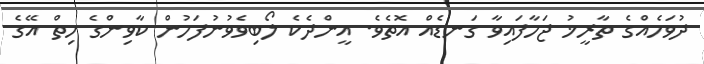
ދުވަހެއްގެ ތާރީޚު ޖަހާފައިވާ ގަނޑެއް އޮތެވެ. އީންދެކެ ލޯބިވެވުނުފަހުން ކާވިންގެ ހިތް އޭގެ